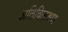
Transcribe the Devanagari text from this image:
अतिविलक्षण